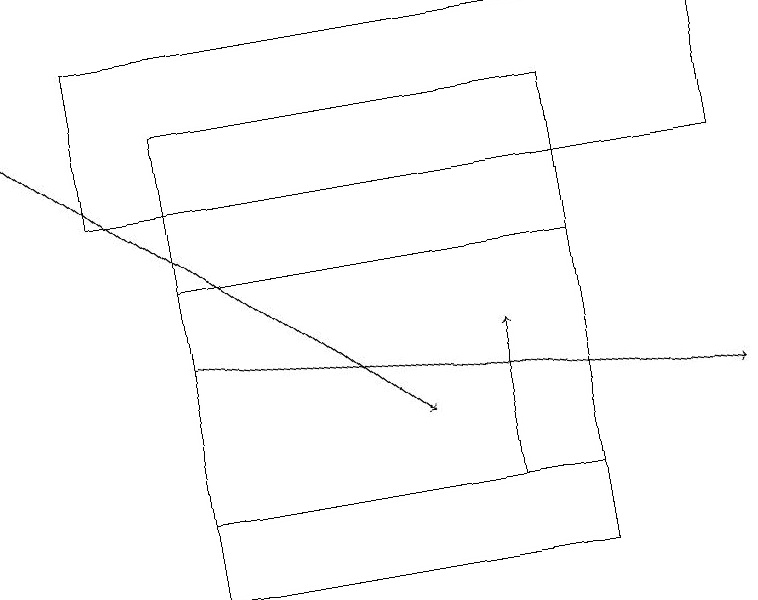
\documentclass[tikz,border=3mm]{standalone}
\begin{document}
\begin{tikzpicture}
\draw[->] (2,13) -- (9,12);
\draw[->] (0,16) -- (5,12);
\draw (2,10) rectangle (7,16);
\draw (1,17) rectangle (9,15);
\draw (7,14) rectangle (2,11);
\draw[->] (6,11) -- (6,13);
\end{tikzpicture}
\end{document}